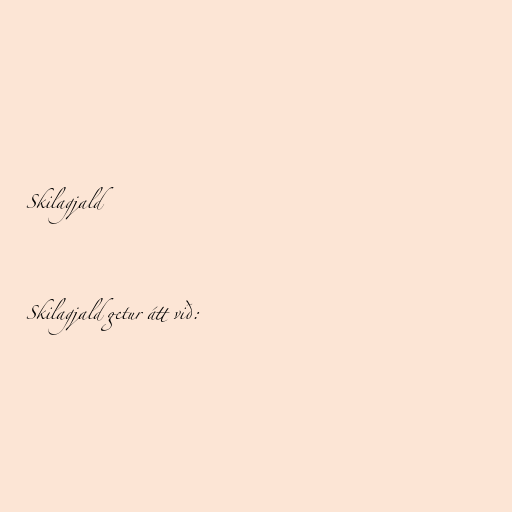
Skilagjald

Skilagjald getur átt við: